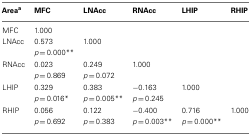
<table><thead><tr><td><b>Area<sup>a</sup></b></td><td><b>MFC</b></td><td><b>LNAcc</b></td><td><b>RNAcc</b></td><td><b>LHIP</b></td><td><b>RHIP</b></td></tr></thead><tbody><tr><td>MFC</td><td>1.000</td><td></td><td></td><td></td><td></td></tr><tr><td>LNAcc</td><td>0.573 <i>p</i> = 0.000**</td><td>1.000</td><td></td><td></td><td></td></tr><tr><td>RNAcc</td><td>0.023 <i>p</i> = 0.869</td><td>0.249 <i>p</i> = 0.072</td><td>1.000</td><td></td><td></td></tr><tr><td>LHIP</td><td>0.329 <i>p</i> = 0.016*</td><td>0.383 <i>p</i> = 0.005**</td><td>−0.163 <i>p</i> = 0.245</td><td>1.000</td><td></td></tr><tr><td>RHIP</td><td>0.056 <i>p</i> = 0.692</td><td>0.122 <i>p</i> = 0.383</td><td>−0.400 <i>p</i> = 0.003**</td><td>0.716 <i>p</i> = 0.000**</td><td>1.000</td></tr></tbody></table>